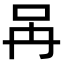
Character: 𠯧